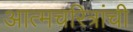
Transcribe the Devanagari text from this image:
आत्मचरित्रांची